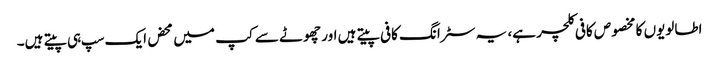
اطالویوں کا مخصوص کافی کلچر ہے، یہ سٹرانگ کافی پیتے ہیں اور چھوٹے سے کپ میں محض ایک سپ ہی پیتے ہیں۔